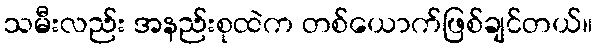
သမီးလည်း အနည်းစုထဲက တစ်ယောက်ဖြစ်ချင်တယ်။